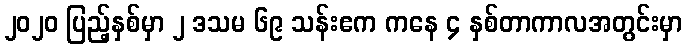
၂၀၂၀ ပြည့်နှစ်မှာ ၂ ဒသမ ၆၉ သန်းဧက ကနေ ၄ နှစ်တာကာလအတွင်းမှာ